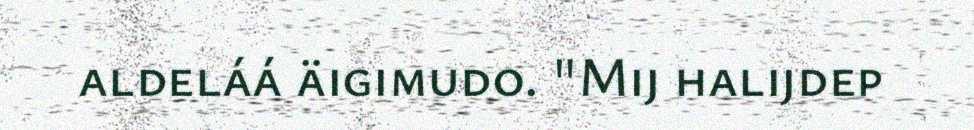
aldeláá äigimudo. "Mij halijdep